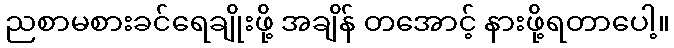
ညစာမစားခင်ရေချိုးဖို့ အချိန် တအောင့် နားဖို့ရတာပေါ့။